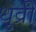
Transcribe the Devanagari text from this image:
धुव्री